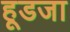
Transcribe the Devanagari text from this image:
हूडजा